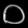
Digit: ၀